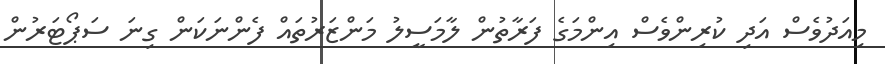
މިއަދުވެސް އަދި ކުރިންވެސް އިންމަގެ ފަރާތުން ލާމަސީލު މަންޒަރުތައް ފެންނަކަން ގިނަ ސަޕޯޓަރުން